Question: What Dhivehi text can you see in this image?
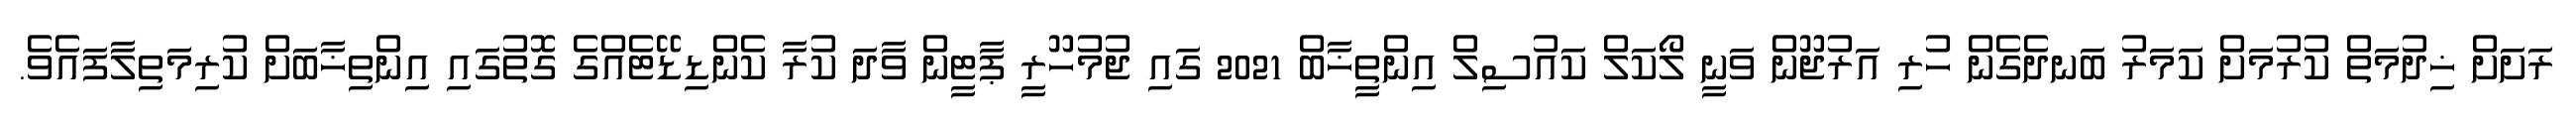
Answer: ރަށަށް ޚިދުމަތް ކުރުމަށް ކަމަރު ބަނދެގެން ހުރި އަރުޖޫން ވަނީ ލޯކަލް ކައުސިލް އިންތީޚާބް 2021 ގައި ޖުމުހޫރީ ޕާޓީން ވާދަ ކުރާ ކެންޑިޑޭޓެއްގެ ގޮތުގައި އިންތިޚާބަށް ކުރިމަތިލާފައެވެ.